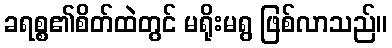
ခရစ္စ၏စိတ်ထဲတွင် မရိုးမရွ ဖြစ်လာသည်။